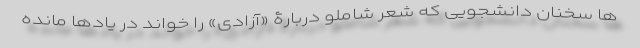
ها سخنان دانشجویی که شعر شاملو دربارۀ «آزادی» را خواند در یادها مانده